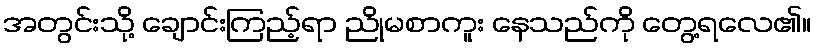
အတွင်းသို့ ချောင်းကြည့်ရာ ညိုမစာကူး နေသည်ကို တွေ့ရလေ၏။